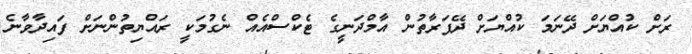
ރަށް ކުއްޔަށް ދޭނަމަ ކުއްޔަށް ދޭފަރާތުން އާމްދަނީގެ ޓެކްސްއެއް ނެގުމަކީ ރައްޔިތުންނަށް ފައިދާވާނެ